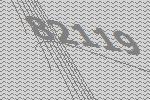
82119